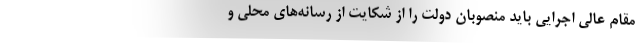
مقام عالی اجرایی باید منصوبان دولت را از شکایت از رسانه‌های محلی و